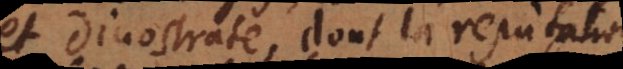
et Dinostrate, dont la reputation